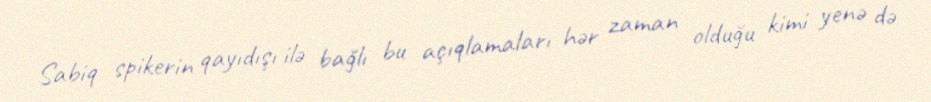
Sabiq spikerin qayıdışı ilə bağlı bu açıqlamaları hər zaman olduğu kimi yenə də